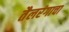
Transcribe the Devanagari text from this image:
तैलरंगाचा